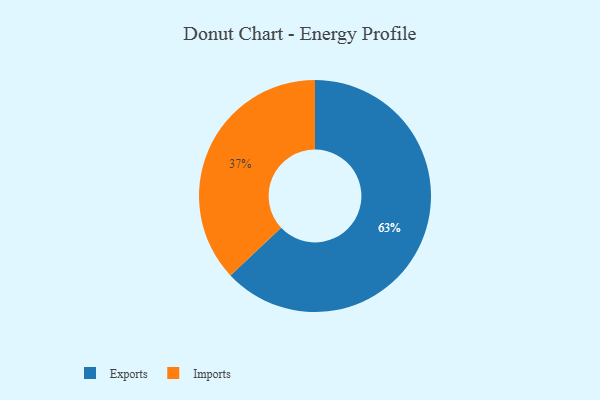
{"axis": {"x": "Category", "y": "Percentage"}, "legend": ["Exports", "Imports"], "data": [{"x": "Exports", "y": 63, "type": "Exports"}, {"x": "Imports", "y": 37, "type": "Imports"}]}